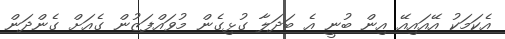
އެކަމަކު އޭއައިއޭ އިން ބުނީ އެ ބަދަލާ ގުޅިގެން މުވައްފަޒުން ގެއަށް ގެންދަން